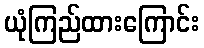
ယုံကြည်ထားကြောင်း